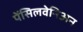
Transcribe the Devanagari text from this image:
पेंसिलवेनिअन